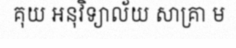
គុយ អនុវិទ្យាល័យ សាគ្រា ម